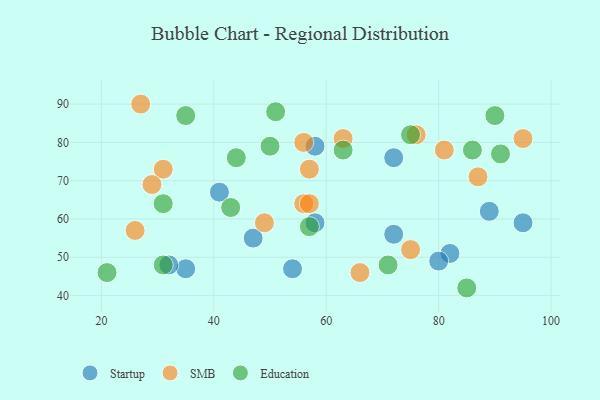
{"axis": {"x": "GDP", "y": "Life Expectancy"}, "legend": ["Education", "SMB", "Startup"], "data": [{"x": "72", "y": 76, "type": "Startup"}, {"x": "35", "y": 47, "type": "Startup"}, {"x": "41", "y": 67, "type": "Startup"}, {"x": "82", "y": 51, "type": "Startup"}, {"x": "54", "y": 47, "type": "Startup"}, {"x": "95", "y": 59, "type": "Startup"}, {"x": "72", "y": 56, "type": "Startup"}, {"x": "80", "y": 49, "type": "Startup"}, {"x": "32", "y": 48, "type": "Startup"}, {"x": "89", "y": 62, "type": "Startup"}, {"x": "58", "y": 59, "type": "Startup"}, {"x": "47", "y": 55, "type": "Startup"}, {"x": "58", "y": 79, "type": "Startup"}, {"x": "56", "y": 64, "type": "SMB"}, {"x": "31", "y": 73, "type": "SMB"}, {"x": "63", "y": 81, "type": "SMB"}, {"x": "27", "y": 90, "type": "SMB"}, {"x": "87", "y": 71, "type": "SMB"}, {"x": "49", "y": 59, "type": "SMB"}, {"x": "57", "y": 73, "type": "SMB"}, {"x": "26", "y": 57, "type": "SMB"}, {"x": "57", "y": 64, "type": "SMB"}, {"x": "66", "y": 46, "type": "SMB"}, {"x": "81", "y": 78, "type": "SMB"}, {"x": "56", "y": 80, "type": "SMB"}, {"x": "95", "y": 81, "type": "SMB"}, {"x": "75", "y": 52, "type": "SMB"}, {"x": "76", "y": 82, "type": "SMB"}, {"x": "29", "y": 69, "type": "SMB"}, {"x": "63", "y": 78, "type": "Education"}, {"x": "51", "y": 88, "type": "Education"}, {"x": "43", "y": 63, "type": "Education"}, {"x": "86", "y": 78, "type": "Education"}, {"x": "90", "y": 87, "type": "Education"}, {"x": "35", "y": 87, "type": "Education"}, {"x": "21", "y": 46, "type": "Education"}, {"x": "91", "y": 77, "type": "Education"}, {"x": "75", "y": 82, "type": "Education"}, {"x": "71", "y": 48, "type": "Education"}, {"x": "31", "y": 48, "type": "Education"}, {"x": "85", "y": 42, "type": "Education"}, {"x": "44", "y": 76, "type": "Education"}, {"x": "57", "y": 58, "type": "Education"}, {"x": "31", "y": 64, "type": "Education"}, {"x": "50", "y": 79, "type": "Education"}]}